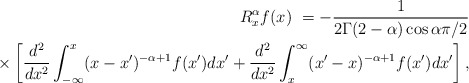
\begin{align*}R_{x}^{\alpha}f(x)\ =-\frac{1}{2\Gamma(2-\alpha)\cos\alpha\pi/2}\\\times\left[ \frac{d^{2}}{dx^{2}}\int_{-\infty}^{x}(x-x^{\prime})^{-\alpha+1}f(x^{\prime})dx^{\prime}+\frac{d^{2}}{dx^{2}}\int_{x}^{\infty}(x^{\prime}-x)^{-\alpha+1}f(x^{\prime})dx^{\prime}\right] ,\end{align*}